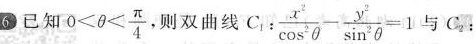
6 已知 $$0< \theta < \frac{ \pi }{4}$$,则双曲线C_{1}:$$\frac{x^{2}}{ \cos ^{2} \theta }- \frac{y^{2}}{ \sin ^{2} \theta }=1$$与C_{2}：